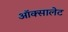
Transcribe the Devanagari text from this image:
ऑक्सालेट